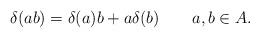
LaTeX: \begin{align*} \delta(ab) = \delta(a)b + a\delta(b) \qquad a,b\in A.\end{align*}